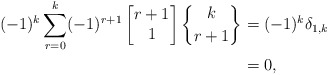
\begin{align*}(-1)^{k}\displaystyle \sum_{r=0}^{k} (-1)^{r+1}\begin{bmatrix}r+1\\1\end{bmatrix}\genfrac{\{}{\}}{0pt}{}{k}{r+1}&=(-1)^k \delta_{1,k}\\&=0,\end{align*}